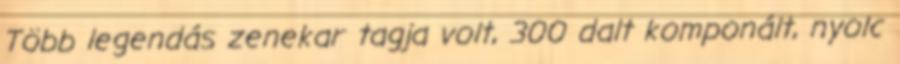
Több legendás zenekar tagja volt, 300 dalt komponált, nyolc